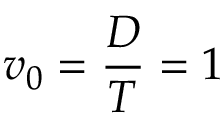
v _ { 0 } = \frac { D } { T } = 1